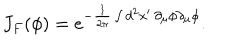
J _ { F } ( \phi ) = e ^ { - \frac { 1 } { 2 \pi } \int d ^ { 2 } x ^ { \prime } \, \partial _ { \mu } \phi \partial _ { \mu } \phi } .